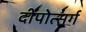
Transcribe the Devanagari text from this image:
दीपोत्सर्ग